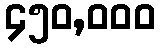
၄၅၀,၀၀၀